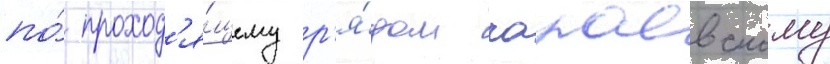
по́ проход'я́щему р'я́дом чапаевскому